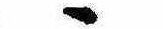
ゝ